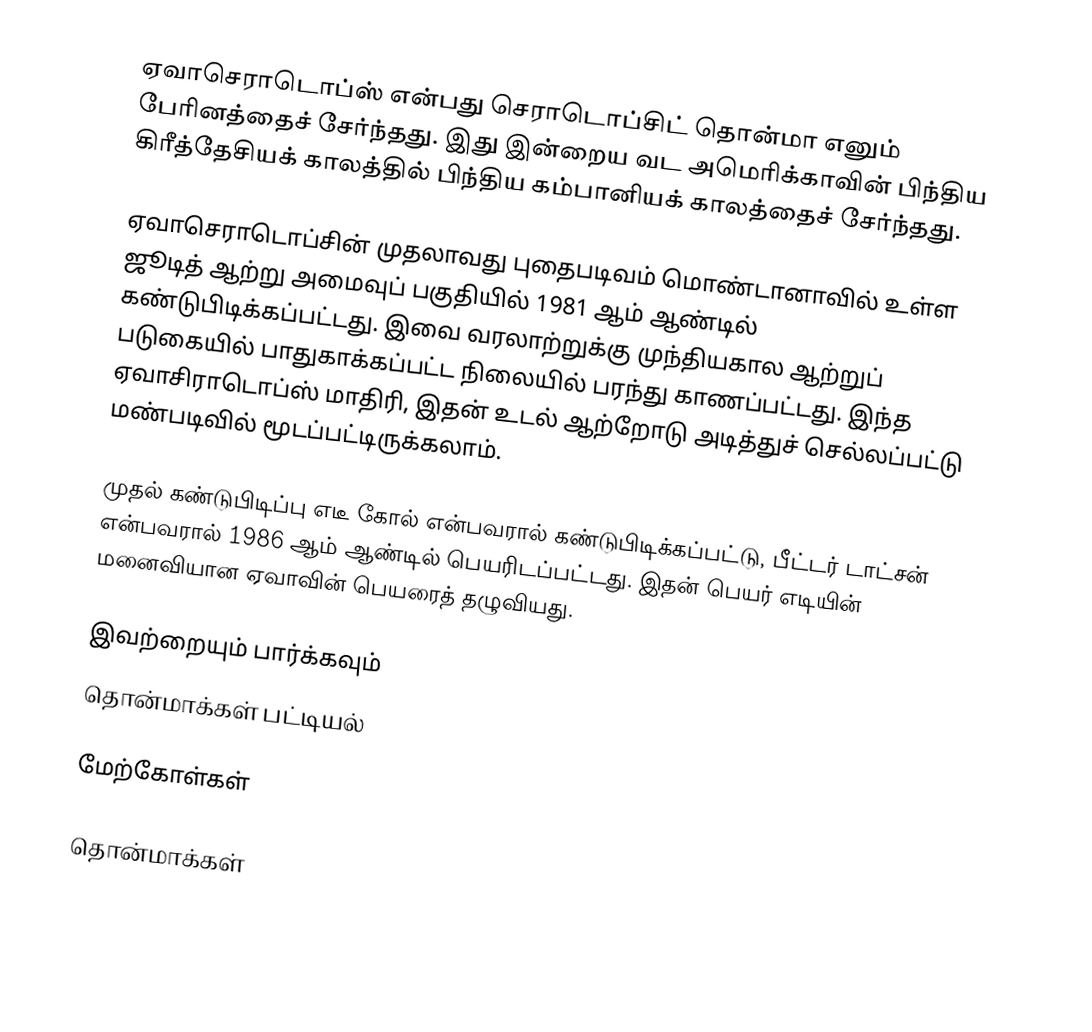
ஏவாசெராடொப்ஸ் என்பது செராடொப்சிட் தொன்மா எனும் பேரினத்தைச் சேர்ந்தது. இது இன்றைய வட அமெரிக்காவின் பிந்திய கிரீத்தேசியக் காலத்தில் பிந்திய கம்பானியக் காலத்தைச்  சேர்ந்தது.

ஏவாசெராடொப்சின் முதலாவது புதைபடிவம் மொண்டானாவில் உள்ள ஜூடித் ஆற்று அமைவுப் பகுதியில் 1981 ஆம் ஆண்டில் கண்டுபிடிக்கப்பட்டது. இவை வரலாற்றுக்கு முந்தியகால ஆற்றுப் படுகையில் பாதுகாக்கப்பட்ட நிலையில் பரந்து காணப்பட்டது. இந்த ஏவாசிராடொப்ஸ் மாதிரி, இதன் உடல் ஆற்றோடு அடித்துச் செல்லப்பட்டு மண்படிவில் மூடப்பட்டிருக்கலாம்.

முதல் கண்டுபிடிப்பு எடீ கோல் என்பவரால் கண்டுபிடிக்கப்பட்டு, பீட்டர் டாட்சன் என்பவரால் 1986 ஆம் ஆண்டில் பெயரிடப்பட்டது. இதன் பெயர் எடியின் மனைவியான ஏவாவின் பெயரைத் தழுவியது.

இவற்றையும் பார்க்கவும்
 தொன்மாக்கள் பட்டியல்

மேற்கோள்கள்

தொன்மாக்கள்